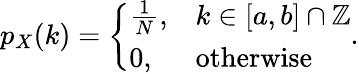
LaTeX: p_{X}(k)={\left\{ \begin{array}{ll}{{\frac{1}{N}},}&{k\in[a,b]\cap\mathbb{Z}}\\ {0,}&{{\mathrm{otherwise}}}\end{array}\right.}.